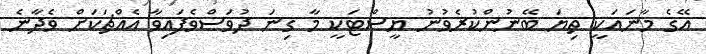
އޭގެ މާނައަކީ ތިޔަ ބޭނުންކުރެވުނު ޔީސްޓަކީ މާ ގިނަ ދުވަސްވެފައިވާ އެއްޗަކަށް ވެދާނެ